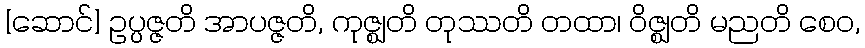
[ဆောင်] ဥပ္ပဇ္ဇတိ အာပဇ္ဇတိ, ကုဇ္ဈတိ တုဿတိ တထာ၊ ဝိဇ္ဈတိ မညတိ စေဝ,